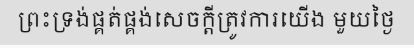
ព្រះទ្រង់ផ្គត់ផ្គង់សេចក្តីត្រូវការយើង មួយថ្ងៃ